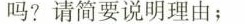
吗?请简要说明理由；